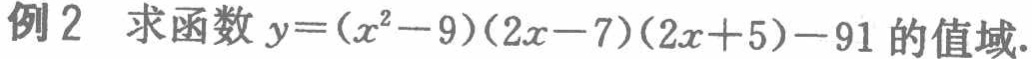
例2 求函数 \(y=(x^{2}-9)(2x - 7)(2x + 5)-91\) 的值域.